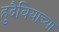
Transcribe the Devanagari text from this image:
हुदैबियाच्या